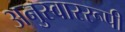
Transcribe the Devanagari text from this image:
अनुस्वाररूपी